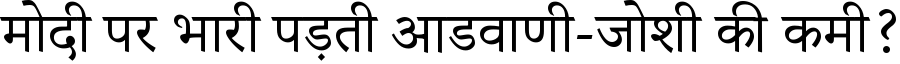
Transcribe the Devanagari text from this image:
मोदी पर भारी पड़ती आडवाणी-जोशी की कमी?